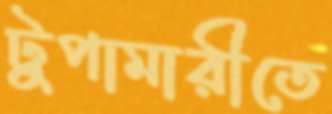
টুপামারীতে